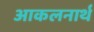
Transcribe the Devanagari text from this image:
आकलनार्थ